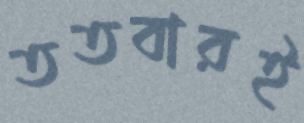
ততবারই